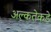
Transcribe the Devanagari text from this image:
अल्कतेकडे